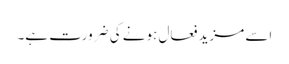
اسے مزید فعال ہونے کی ضرورت ہے۔